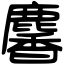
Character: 麘